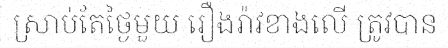
ស្រាប់តែថ្ងៃមួយ រឿងរ៉ាវខាងលើ ត្រូវបាន